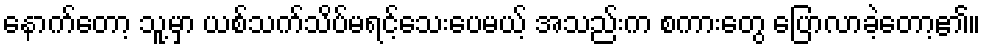
နောက်တော့ သူ့မှာ ယစ်သက်သိပ်မရင့်သေးပေမယ့် အသည်းက စကားတွေ ပြောလာခဲ့တော့၏။